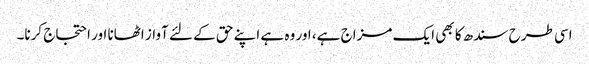
اسی طرح سندھ کا بھی ایک مزاج ہے، اور وہ ہے اپنے حق کے لئے آواز اٹھانا اور احتجاج کرنا۔